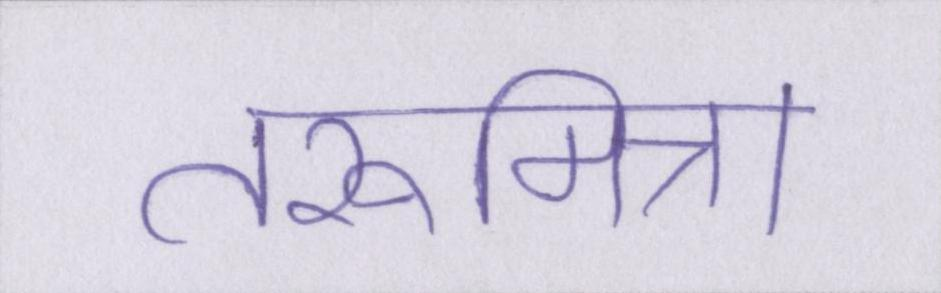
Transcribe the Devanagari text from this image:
तरूमित्रा